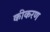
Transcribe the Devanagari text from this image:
कीकरण